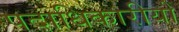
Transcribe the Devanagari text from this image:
पदाधिकारीयों